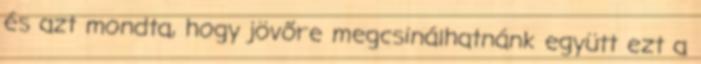
és azt mondta, hogy jövőre megcsinálhatnánk együtt ezt a